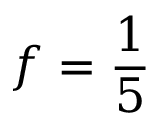
f = \frac 1 5